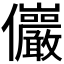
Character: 𫤖